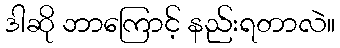
ဒါဆို ဘာကြောင့် နည်းရတာလဲ။